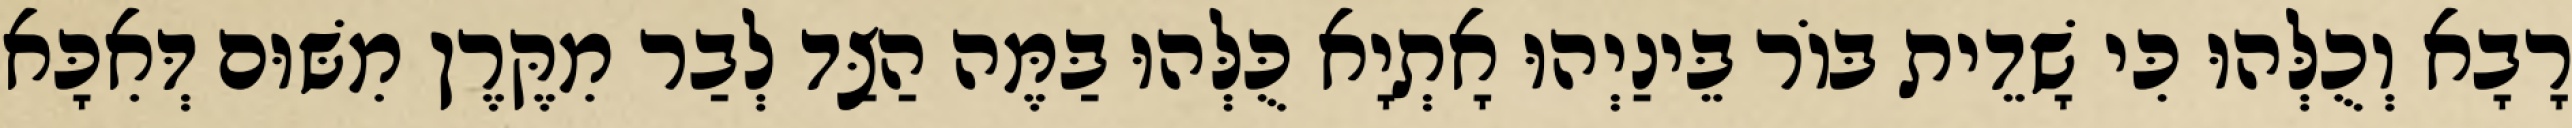
רָבָא וְכֻלְּהוּ כִּי שָׁדֵית בּוֹר בֵּינַיְהוּ אָתְיָא כֻּלְּהוּ בַּמֶּה הַצַּד לְבַר מִקֶּרֶן מִשּׁוּם דְּאִכָּא